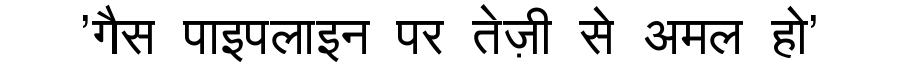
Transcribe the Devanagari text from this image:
'गैस पाइपलाइन पर तेज़ी से अमल हो'